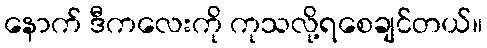
နောက် ဒီကလေးကို ကုသလို့ရစေချင်တယ်။